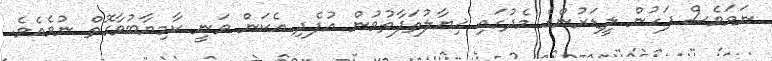
ނަމަވެސް ފަހުން ލީޑަރުންގެ މެދުގައި ޚިޔާލުތަފާތުވުން އުފެދި އެކަން ވަނީ ކާމިޔާބުވާގޮތް ނުވެއެވެ.